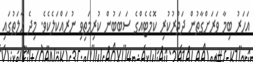
އަހަރު ބިމާ ވަރަށްގާތުން ދަތުރުކުރި ކޮމެޓެއްގެ ސަބަބުން ކުރިމަތިވި ނުރައްކަލެކެވެ. މިދެ ހާލަތުގައި